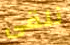
نلقى